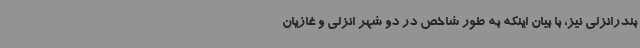
بندرانزلی نیز، با بیان اینکه به طور شاخص در دو شهر انزلی و غازیان